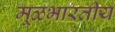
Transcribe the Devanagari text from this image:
मूळभारतीय